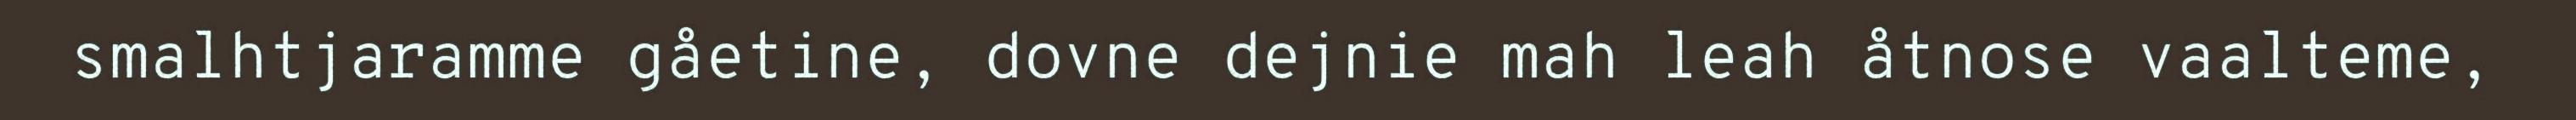
smalhtjaramme gåetine, dovne dejnie mah leah åtnose vaalteme,